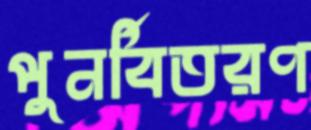
পুনর্বিতরণ